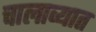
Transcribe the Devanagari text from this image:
चालाव्यात